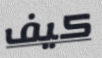
كيف